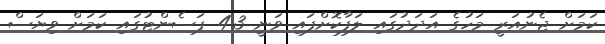
ކަމަށް ޖެނުއަރީ މަހުގެ އަދަދުގައި ލަފާކޮށްފައި ވަނީ 4.3 ޕަސެންޓުގައި ކަމަށް ވިޔަސް